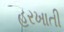
હરખાતી